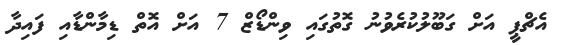
އެޗްޕީ އަށް ގަބޫލުކުރެވުނު ގޮތުގައި ވިންޑޯޒް 7 އަށް އޮތް ޑިމާންޑާއި ފައިދާ